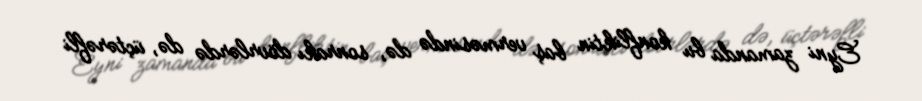
Eyni zamanda bu konfliktin baş verməsində də, sonrakı dövrlərdə də, üçtərəfli